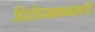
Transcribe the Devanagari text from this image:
दिलेरखानावरी